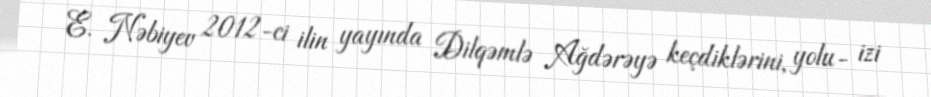
E. Nəbiyev 2012-ci ilin yayında Dilqəmlə Ağdərəyə keçdiklərini, yolu- izi